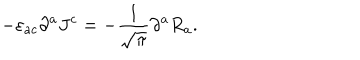
LaTeX: - \varepsilon _ { a c } \partial ^ { a } J ^ { c } = - \frac { 1 } { \sqrt { \pi } } \partial ^ { a } R _ { a } .